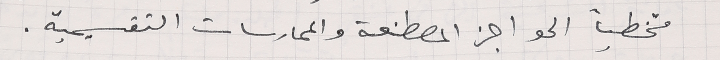
متخطياً الحواجز المصطنعة والممارسات التقسيمية.